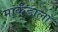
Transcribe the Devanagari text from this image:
मार्कंडाला